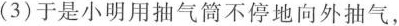
(3)于是小明用抽气筒不停地向外抽气，